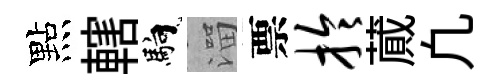
點轄馿溜票拎蕆凢